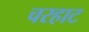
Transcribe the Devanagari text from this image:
चरहाट